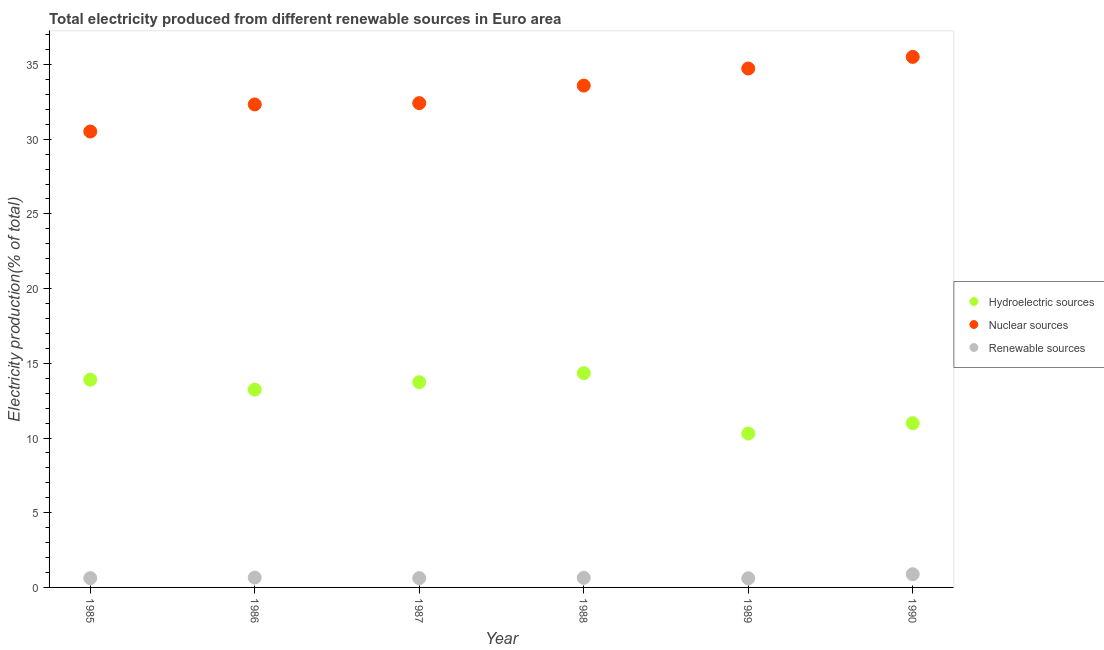
| Year | Hydroelectric sources | Nuclear sources | Renewable sources |
 | --- | --- | --- | --- |
 | 1985 | 13.9 | 30.5 | 0.624 |
 | 1986 | 13.2 | 32.3 | 0.659 |
 | 1987 | 13.7 | 32.4 | 0.623 |
 | 1988 | 14.3 | 33.6 | 0.643 |
 | 1989 | 10.3 | 34.7 | 0.612 |
 | 1990 | 11 | 35.5 | 0.883 |